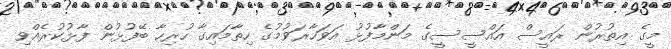
މީގެ އިތުރުން ރައީސް އައްސީސީގެ މަންމާފުޅު އަވަހާރަވުމުގެ ހިތާމައިގާ ހުރިހާ ބޭފުޅުން ފާޅުކުރެއްވި